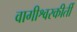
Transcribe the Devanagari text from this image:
वागीश्वरकीर्ती